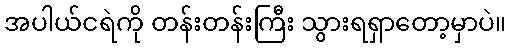
အပါယ်ငရဲကို တန်းတန်းကြီး သွားရရှာတော့မှာပဲ။